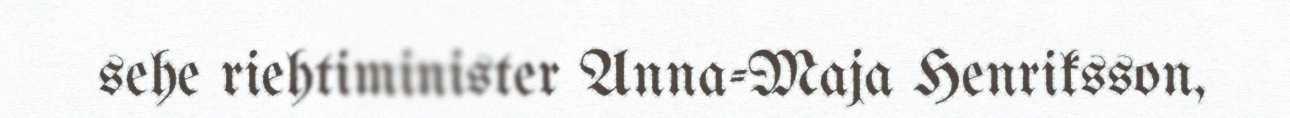
sehe riehtiminister Anna-Maja Henriksson,